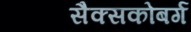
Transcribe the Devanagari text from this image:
सैक्सकोबर्ग